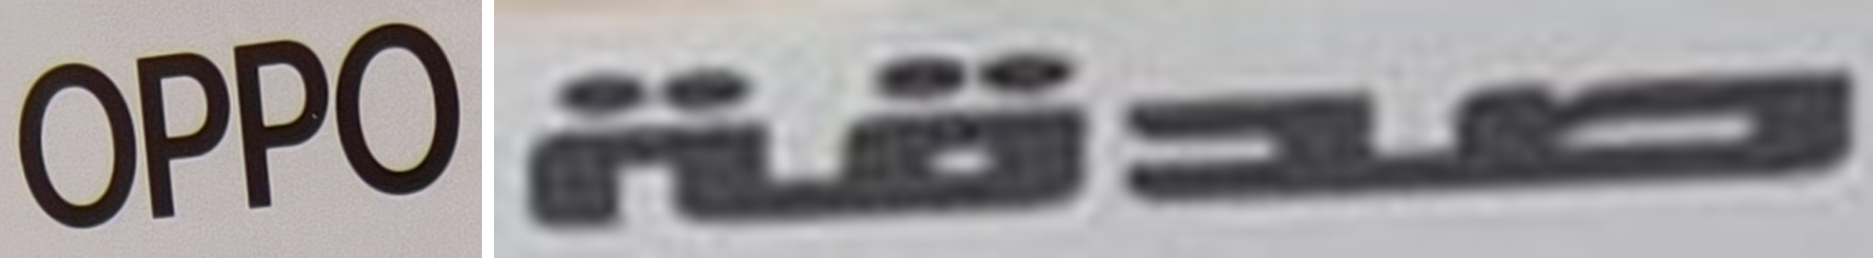
OPPO صدقة